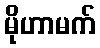
မိုဟာမက်